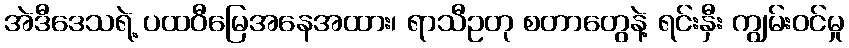
အဲဒီဒေသရဲ့ ပထဝီမြေအနေအထား၊ ရာသီဥတု စတာတွေနဲ့ ရင်းနှီး ကျွမ်းဝင်မှု